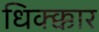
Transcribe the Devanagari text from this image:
धिक्क्कार